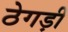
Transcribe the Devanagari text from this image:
ठेगड़ी